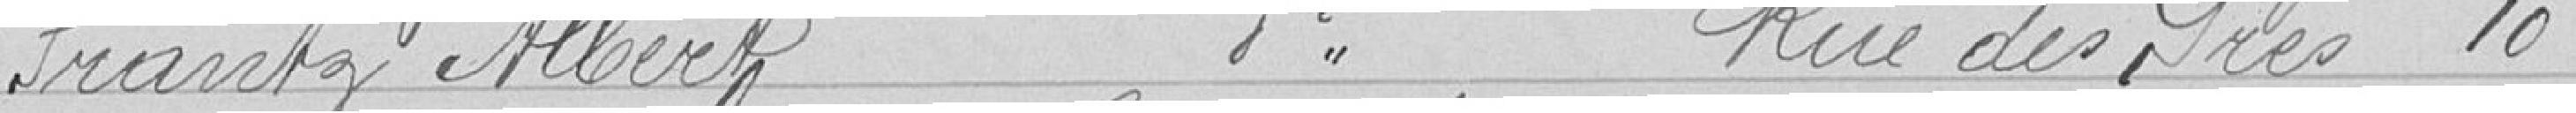
Prantz Albert, journalier, Rue des Près 10